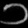
Digit: ၁